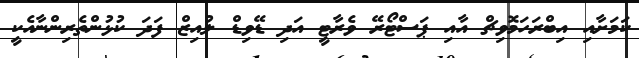
ކަމަށާއި އިބްރަހަމޮވިޗް އާއި ޕަސްޓޯރޭ ވެރާޓީ އަދި ޑޭވިޑް ލުއިޒް ފަދަ ކުޅުންތެރިންނާއެކީ